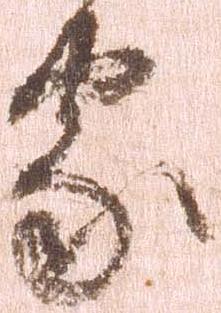
家